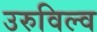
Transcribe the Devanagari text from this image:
उरुविल्व